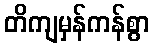
တိကျမှန်ကန်စွာ